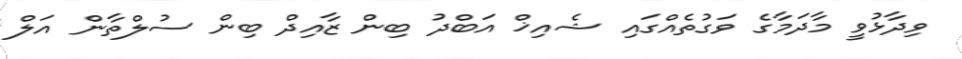
ވިދާޅުވީ މާދަމާގެ ވަގުތެއްގައި ޝެއިޚް އަބްދު ބިން ޒާއިދް ބިން ސުލްތާން އަލް